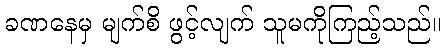
ခဏနေမှ မျက်စိ ဖွင့်လျက် သူမကိုကြည့်သည်။